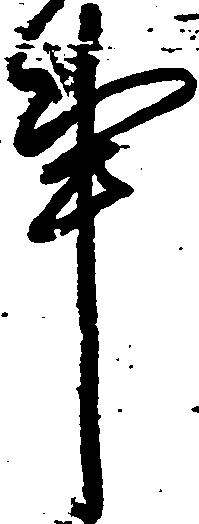
事